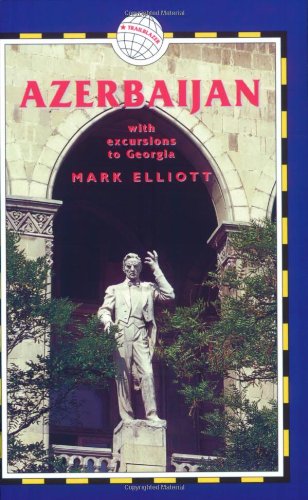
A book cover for Azerbaijan, 3rd: With Excursions to Georgia (Azerbaijan (with Excursions to Georgia)); Mark Elliott; Travel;